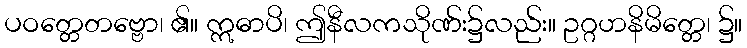
ပဝတ္တေတဗ္ဗော၊ ၏။ ဣဓာပိ၊ ဤနီလကသိုဏ်း၌လည်း။ ဥဂ္ဂဟနိမိတ္တေ၊ ၌။